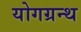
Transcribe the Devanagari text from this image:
योगग्रन्थ